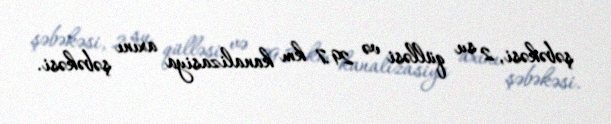
şəbəkəsi, 2 su qülləsi və 29.7 km kanalizasiya axını şəbəkəsi.